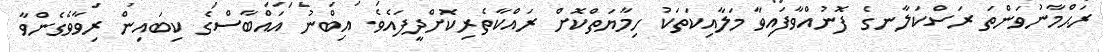
ރަޙްމާނުވަންތަ ރަސްކަލާނގެ ފޮނުއްވާފައިވާ މަލާއިކަތަކު ހިމާޔަތްކޮށް ރައްކާތެރިކޮށްދީފައެވެ. އިބްނު އައްބާސްގެ ކިބައިން ރިވާވެގެންވާ